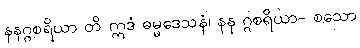
နနဂ္ဂစရိယာ တိ ဣဒံ ဓမ္မဒေသနံ၊ နန ဂ္ဂစရိယာ- စသော